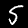
Digit: 5